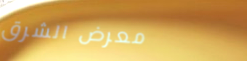
معرض الشرق